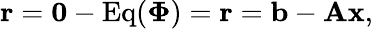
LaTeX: \mathbf{r}=\mathbf{0}-\operatorname{Eq}(\boldsymbol{\Phi})=\mathbf{r}=\mathbf{b}-\mathbf{A}\mathbf{x},